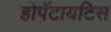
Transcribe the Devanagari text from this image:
होपॅटायटिस